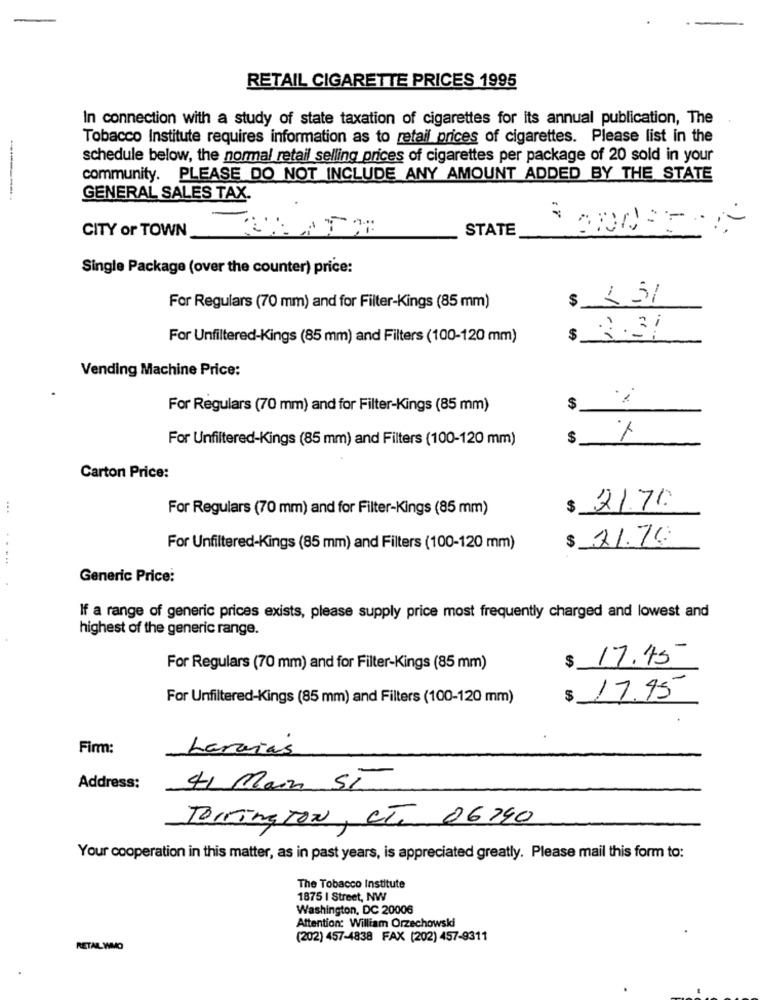
RETAIL CIGARETTE PRICES 1995
In connection with a study of state taxation of cigarettes for its annual publication, The
Tobacco Institute requires information as to retail prices of cigarettes. Please list in the
schedule below, the normal retail selling prices of cigarettes per package of 20 sold in your
community. PLEASE DO NOT INCLUDE ANY AMOUNT ADDED BY THE STATE
GENERAL SALES TAX-
CITY or TOWN
STATE
Single Package (over the counter) price:
r
For Regulars (70 mm) and for Filter-Kings (85 mm)
$ 2.31
For Unfiltered-Kings (85 mm) and Filters (100-120 mm)
Vending Machine Price:
For Regulars (70 mm) and for Filter-Kings (85 mm)
$
For Unfiltered-Kings (85 mm) and Filters (100-120 mm)
$
1
Carton Price:
For Regulars (70 mm) and for Filter-Kings (85 mm)
21.70
$ 21.76
For Unfiltered-Kings (85 mm) and Filters (100-120 mm)
....
Generic Price:
If a range of generic prices exists, please supply price most frequently charged and lowest and
highest of the generic range.
$
17.45
For Regulars (70 mm) and for Filter-Kings (85 mm)
For Unfiltered-Kings (85 mm) and Filters (100-120 mm)
$
17.95
Firm:
Laraias
Address:
41 Main ST
Torrington , CT. 06790
Your cooperation in this matter, as in past years, is appreciated greatly. Please mail this form to:
The Tobacco Institute
1875 I Street, NW
Washington, DC 20006
Attention: William Orzechowski
(202) 457-4838 FAX (202) 457-9311
RETAIL WMO